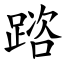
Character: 䠖